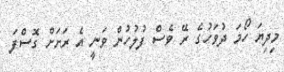
މިދިޔަ ހޯމަ ދުވަހުގެ ރޭ ވެސް ފުލުހުން ވަނީ އެ ރަށަށް ގޮސްފަ